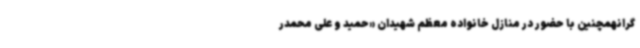
گرانهمچنین با حضور در منازل خانواده معظم شهیدان «حمید و علی محمدر